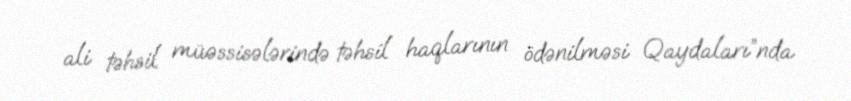
ali təhsil müəssisələrində təhsil haqlarının ödənilməsi Qaydaları”nda